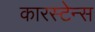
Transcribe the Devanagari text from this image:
कारस्टेन्स